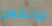
فالكون